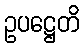
ဥပဋ္ဌေတိ